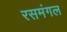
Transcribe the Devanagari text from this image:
रसमंगल